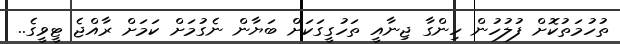
ތުހުމަތުކޮށް ފުލުހުން ހިންގާ ޖިނާއީ ތަހުގީގަކަށް ބަޔާން ނެގުމަށް ކަމަށް ރާއްޖެ ޓީވީގެ..